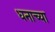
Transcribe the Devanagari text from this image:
धनाच्या